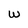
Character: W